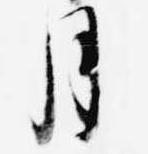
月